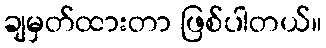
ချမှတ်ထားတာ ဖြစ်ပါတယ်။